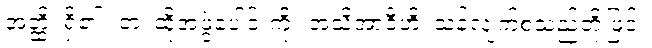
အတ္ထိ၊ ရှိ၏။ တံ၊ ထိုအဖွဲ့ပေါင်းကို။ အသိအာဒီဟိ၊ သန်လျက်စသည်တို့ဖြင့်။